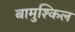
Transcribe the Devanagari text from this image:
बामुश्किल